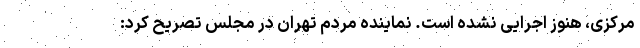
مرکزی، هنوز اجرایی نشده است. نماینده مردم تهران در مجلس تصریح کرد: